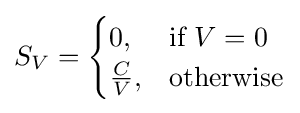
S_{V}={\begin{cases}0,&{\text{if }}V=0\\{\frac {C}{V}},&{\text{otherwise}}\end{cases}}